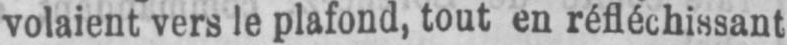
volaient vers le plafond, tout en réfléchissant